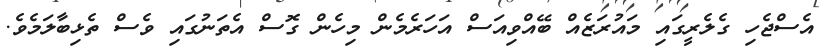
އެސްޖެހި ގެލެރީގައި މައުރަޒެއް ބޭއްވިއަސް އަހަރެމެން މިހެން ގޮސް އެތަނުގައި ވެސް ތެޅިބާލަމެވެ.